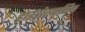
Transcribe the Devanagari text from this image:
हाइड्रोस्यानिक